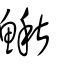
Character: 鰍